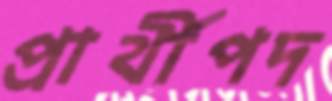
প্রার্থীপদ